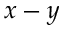
x - y